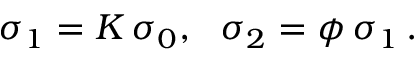
\sigma _ { 1 } = K \, \sigma _ { 0 } , \ \ \sigma _ { 2 } = \phi \, \sigma _ { 1 } \, .